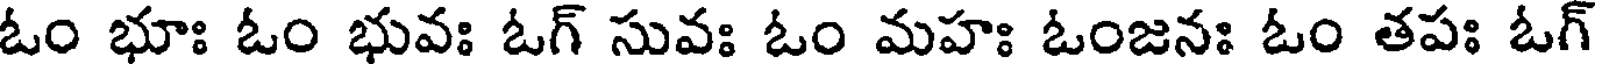
ఓం భూః ఓం భువః ఓగ్ సువః ఓం మహః ఓంజనః ఓం తపః ఓగ్